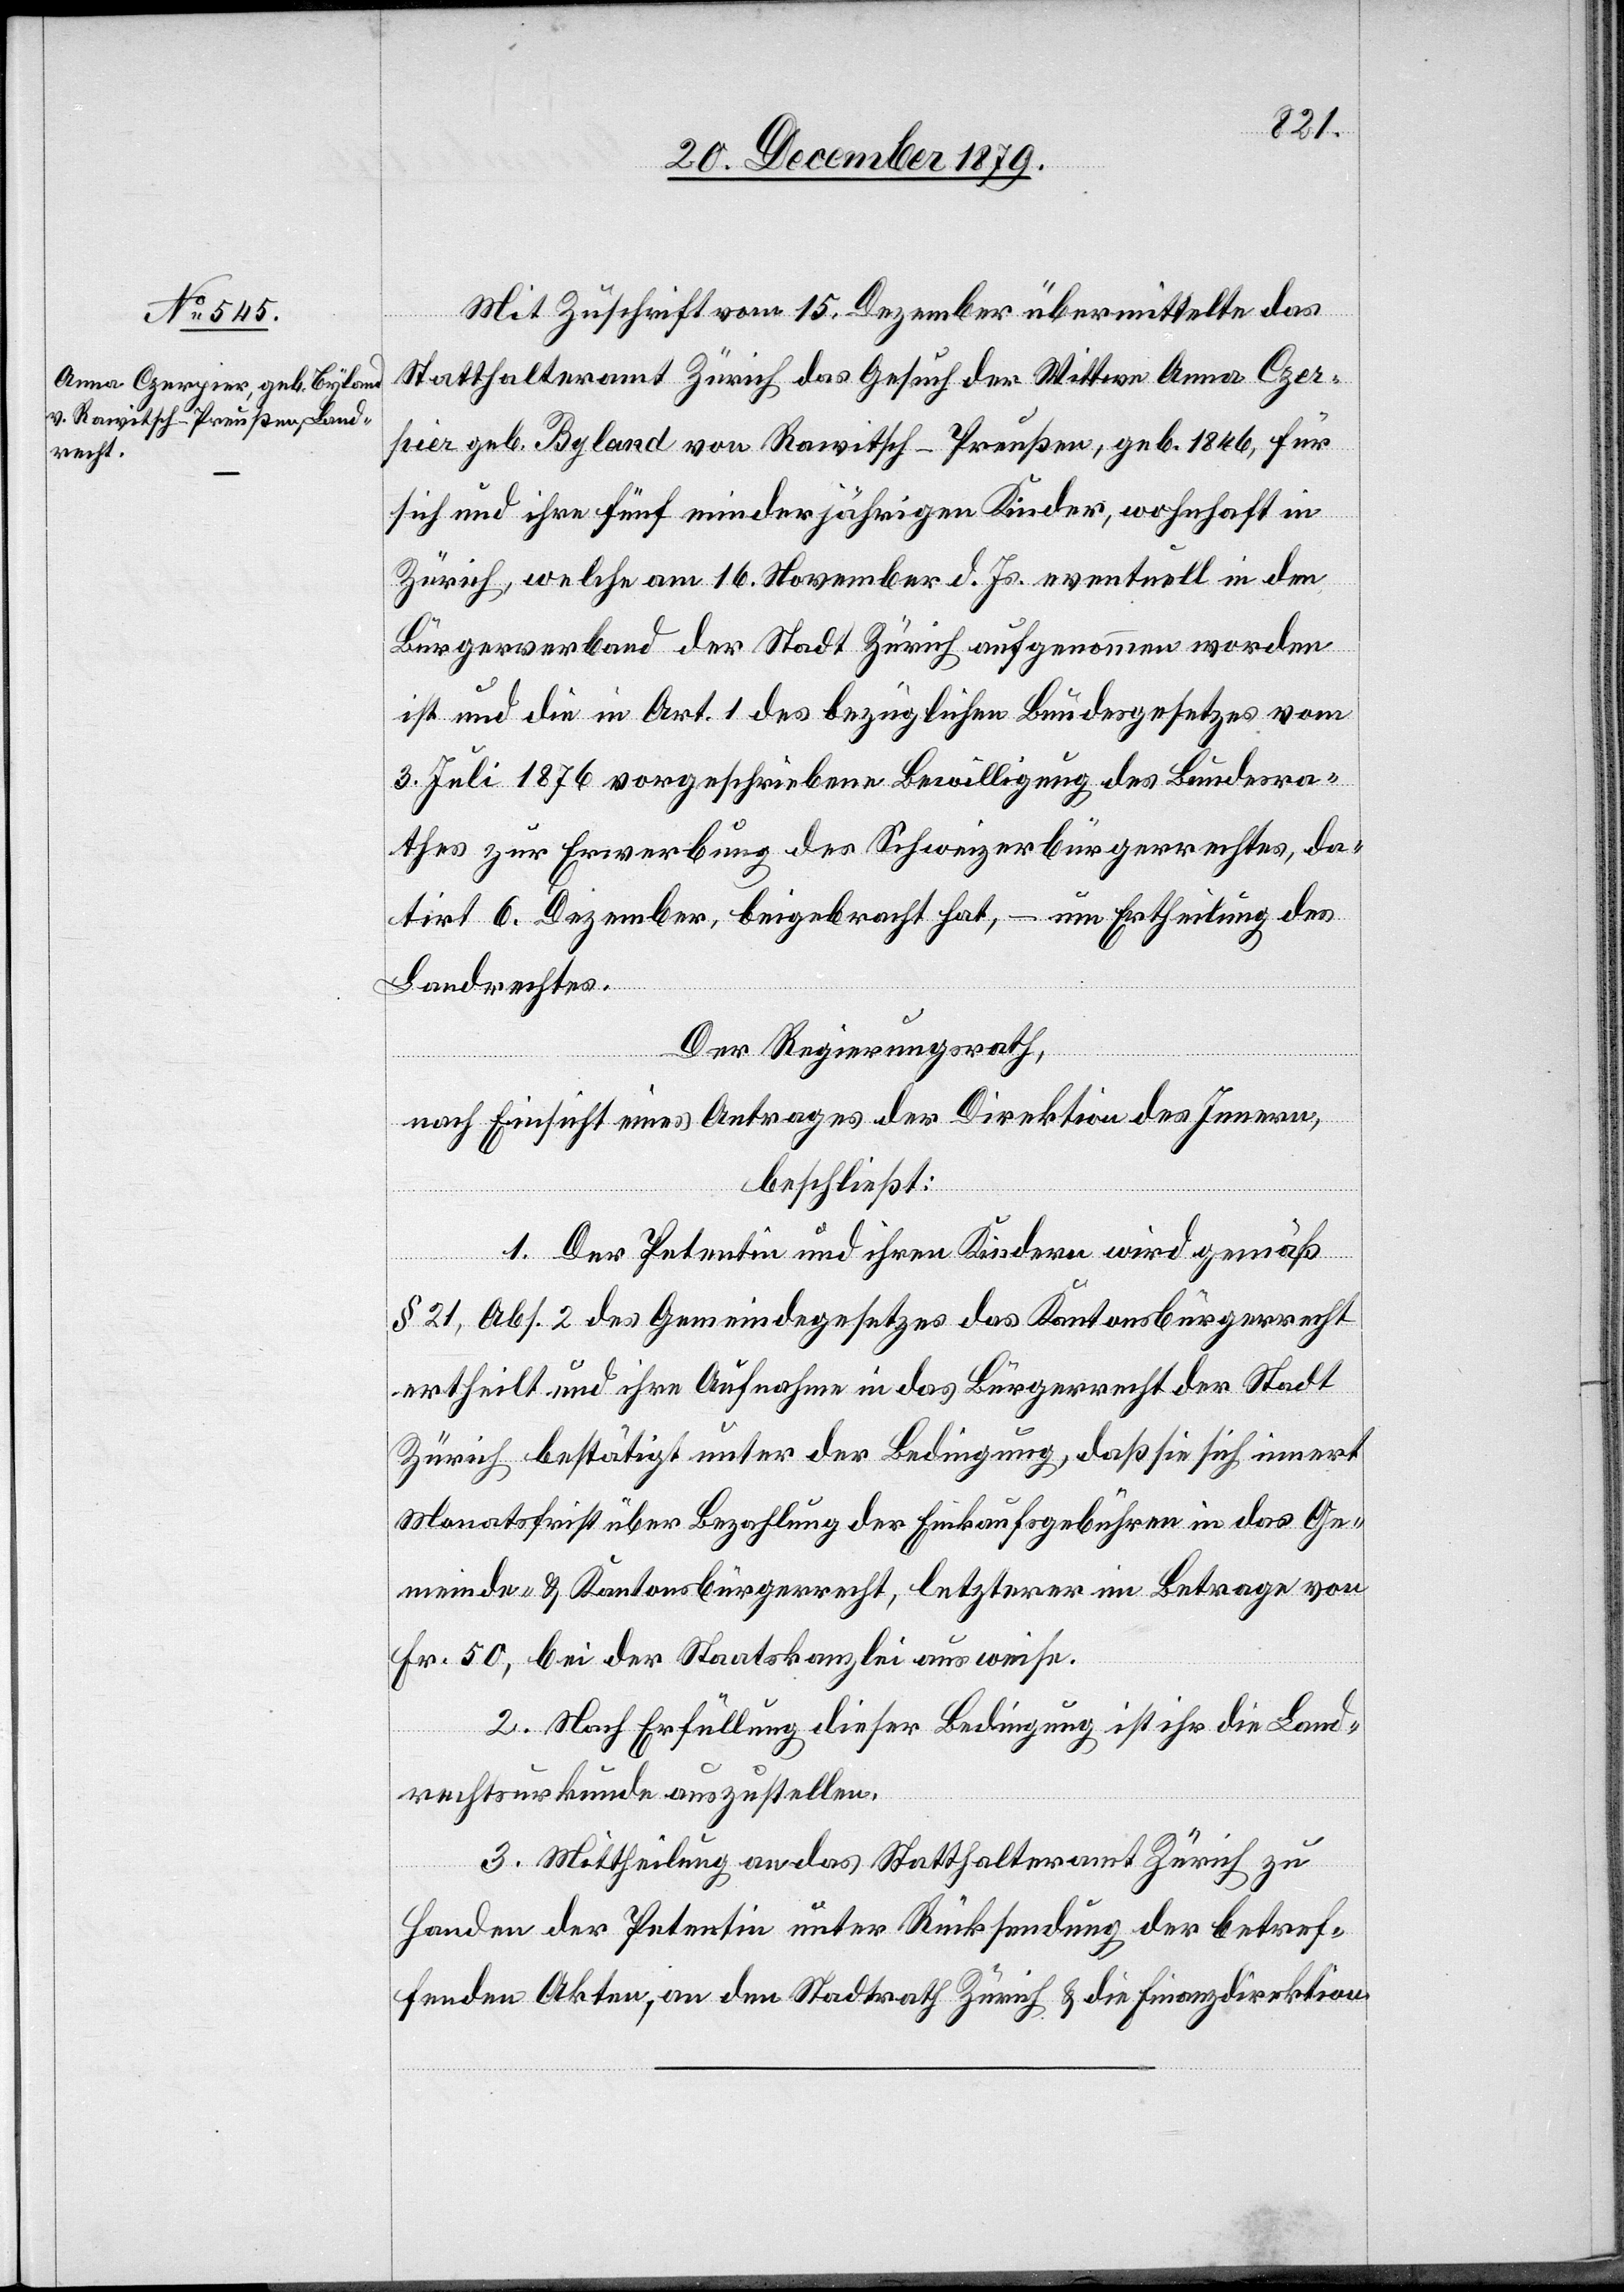
Mit Zuschrift vom 15. Dezember übermittelte das
Statthalteramt Zürich das Gesuch der Wittwe Anna Czer¬
pier geb. Bylard von Rawitsch - Preußen, geb. 1846, für
sich und ihre fünf minderjährigen Kinder, wohnhaft in
Zürich, welche am 16. November d. Js. eventuell in den
Bürgerverband der Stadt Zürich aufgenommen worden
ist und die in Art. 1 des bezüglichen Bundesgesetzes vom
3. Juli 1876 vorgeschriebene Bewilligung des Bundesra¬
thes zur Erwerbung des Schweizerbürgerrechtes, da¬
tirt 6. Dezember, beigebracht hat, – um Ertheilung des
Landrechtes.
Der Regierungsrath,
nach Einsicht eines Antrages der Direktion des Innern,
beschließt:
1. Der Petentin und ihren Kindern wird gemäß
§ 21, Abs. 2 des Gemeindegesetzes das Kantonsbürgerrecht
ertheilt und ihre Aufnahme in das Bürgerrecht der Stadt
Zürich bestätigt unter der Bedingung, daß sie sich innert
Monatsfrist über Bezahlung der Einkaufsgebühren in das Ge¬
meinde- & Kantonsbürgerrecht, letzterer im Betrage von
Fr. 50, bei der Staatskanzlei ausweise.
2. Nach Erfüllung dieser Bedingung ist ihr die Land¬
rechtsurkunde auszustellen.
3. Mittheilung an das Statthalteramt Zürich zu
Handen der Petentin unter Rücksendung der betref¬
fenden Akten, an den Stadtrath Zürich & die Finanzdirektion.